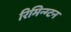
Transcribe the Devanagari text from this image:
रिमिन्ग्टन